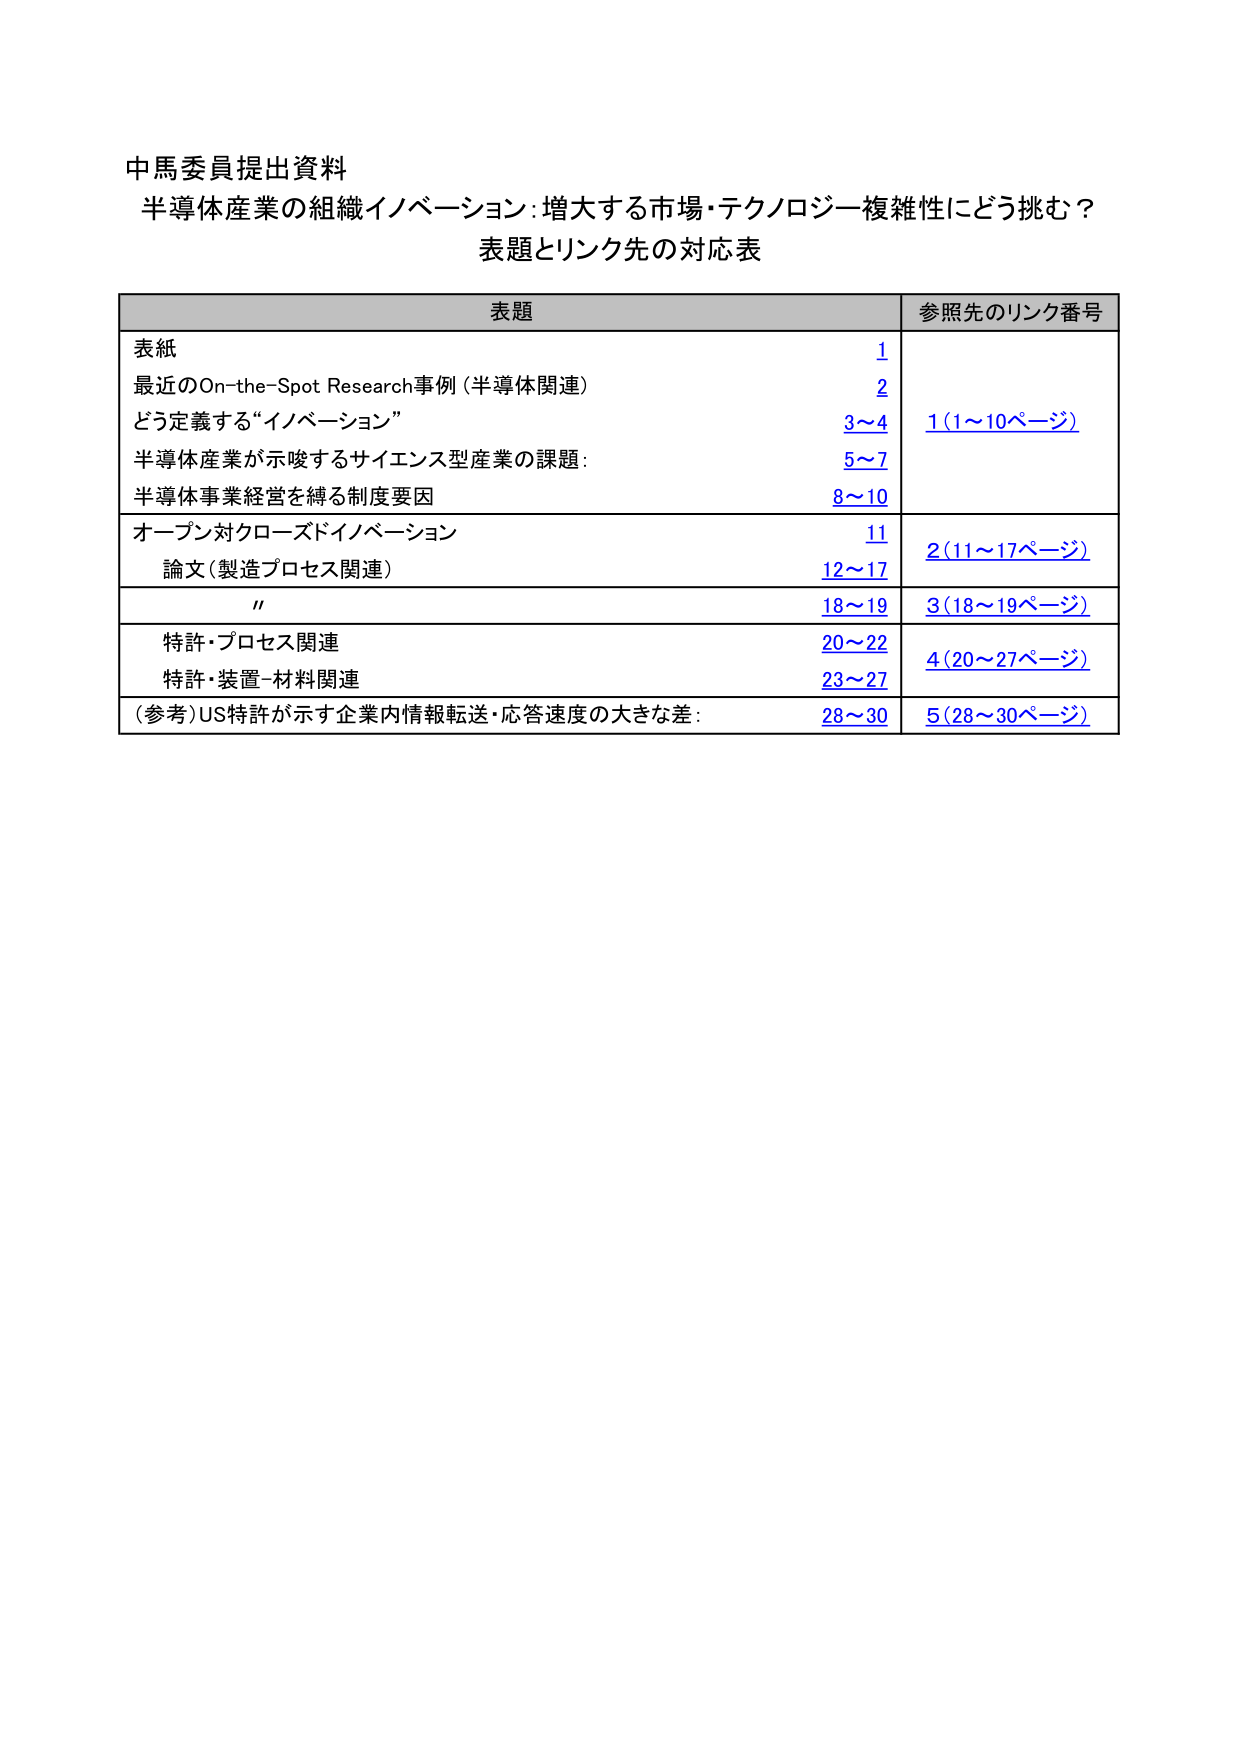
中馬委員提出資料
半導体産業の組織イノベーション：増大する市場・テクノロジー複雑性にどう挑む？
表題とリンク先の対応表

表題 参照先のリンク番号
表紙 1
最近のOn-the-Spot Research事例（半導体関連） 2
どう定義する“イノベーション” 3～4 1（1～10ページ）
半導体産業が示唆するサイエンス型産業の課題： 5～7
半導体事業経営を縛る制度要因 8～10
オープン対クローズドイノベーション 11 2（11～17ページ）
論文（製造プロセス関連） 12～17
〃 18～19 3（18～19ページ）
特許・プロセス関連 20～22 4（20～27ページ）
特許・装置-材料関連 23～27
（参考）US特許が示す企業内情報転送・応答速度の大きな差： 28～30 5（28～30ページ）